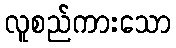
လူစည်ကားသော